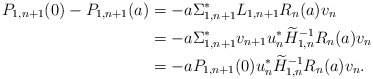
\begin{align*} P_{1,n+1}(0) - P_{1,n+1}(a) & = -a \Sigma_{1, n+1}^* L_{1, n+1} R_{n}(a) v_{n} \\ & = -a \Sigma_{1, n+1}^* v_{n+1} u_n^* \widetilde H_{1,n}^{-1} R_{n}(a) v_{n} \\ & = -a P_{1,n+1}(0) u_n^* \widetilde H_{1,n}^{-1} R_{n}(a) v_{n}. \end{align*}